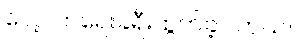
လေ့လာရေးခရီးထွက်ခဲ့ပါတယ်။